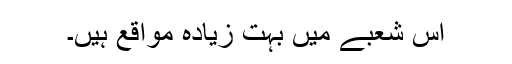
اس شعبے میں بہت زیادہ مواقع ہیں۔